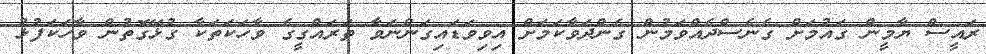
ރައީސް ޔާމީން ގައުމަށް ގެނެސްދެއްވަމުން ގެންދަވާކަމަށް އިވިވަޑައިގަންނަވާ ތަރައްގީގެ ވާހަކަތަކާ ގުޅޭގޮތުން ވާހަކަފުޅު